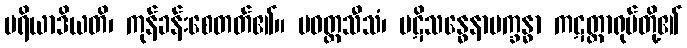
ပရိယာဒိယတိ၊ ကုန်ခန်းစေတတ်၏။ ပဝတ္တသီသံ၊ ပဋိသန္ဓေနာမက္ခန္ဓာ ကဋတ္တာရုပ်တို့၏